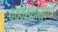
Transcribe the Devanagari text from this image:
व्यवस्थासुद्धा